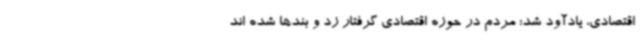
اقتصادی، یادآود شد: مردم در حوزه اقتصادی گرفتار زد و بندها شده اند